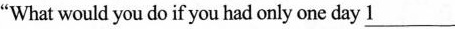
"What would you do if you had only one day\underline{1}___